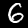
Label: 6